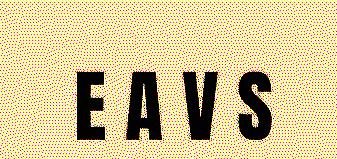
E A V S